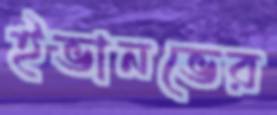
ইভানভের